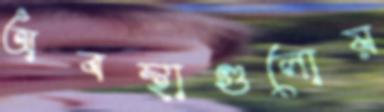
অবস্থাগুলোয়